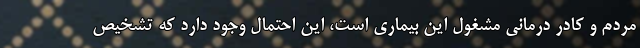
مردم و کادر درمانی مشغول این بیماری است، این احتمال وجود دارد که تشخیص